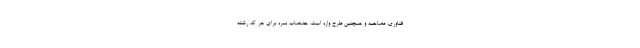
فناوری، مصاحبه و همچنین طرح واره است، حدنصاب نمره برای هر کد رشته